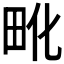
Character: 𰢺